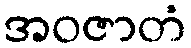
အဝဇာတံ